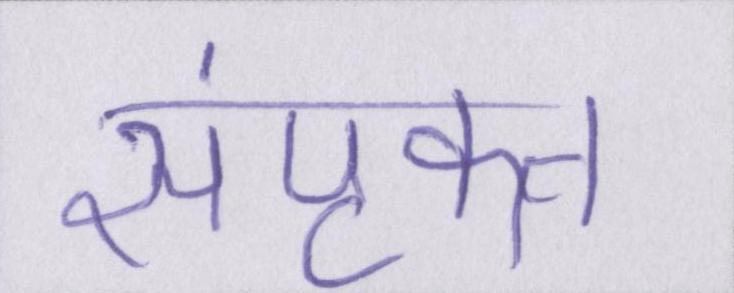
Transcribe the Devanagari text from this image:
संपृक्त